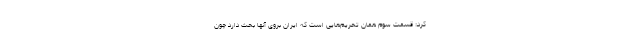
کرد: قسمت سوم همان تحریم‌هایی است که ایران بروی آنها بحث دارد چون